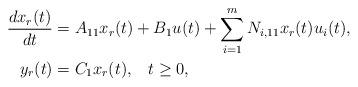
LaTeX: \begin{align*}\frac{dx_r(t)}{dt}&=A_{11} x_r(t)+ B_1 u(t)+\sum_{i=1}^m {N}_{i, 11} x_r(t) u_i(t),\\ y_r(t)&= C_1 x_r(t),\;\;\;t\geq 0,\end{align*}